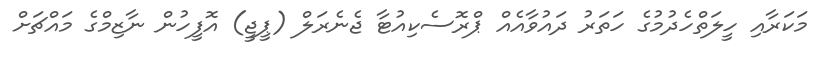
މަކަރާއި ހީލަތްހެދުމުގެ ހަތަރު ދައުވާއެއް ޕްރޮސެކިއުޓާ ޖެނެރަލް (ޕީޖީ) އޮފީހުން ނާޒިމްގެ މައްޗަށް